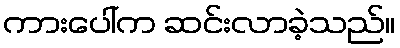
ကားပေါ်က ဆင်းလာခဲ့သည်။